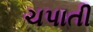
ચપાતી